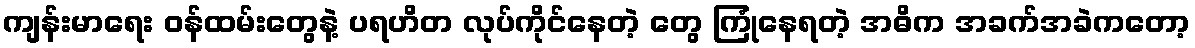
ကျန်းမာရေး ဝန်ထမ်းတွေနဲ့ ပရဟိတ လုပ်ကိုင်နေတဲ့ တွေ ကြုံနေရတဲ့ အဓိက အခက်အခဲကတော့